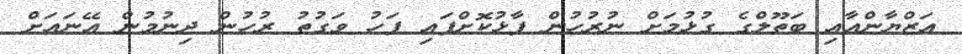
އަޒްޔާންއާއި ބަތޫލްގެ ގުޅުމަށް ނުރުހުން ފާޅުކޮށްފައި ފަހު ވަގުތު ރުހުން ދިނުމުން އޭނައަށް